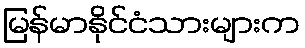
မြန်မာနိုင်ငံသားများက